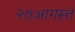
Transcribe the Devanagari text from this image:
२७आगस्त